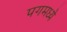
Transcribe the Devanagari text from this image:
पगमध्ये